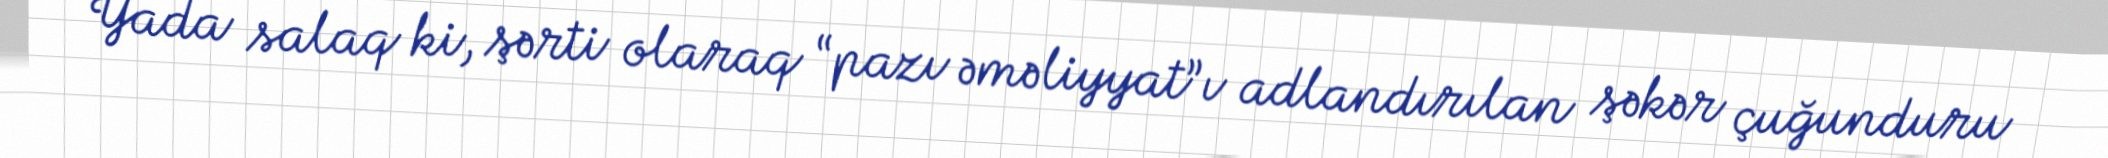
Yada salaq ki, şərti olaraq “pazı əməliyyat”ı adlandırılan şəkər çuğunduru